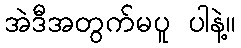
အဲဒီအတွက်မပူ ပါနဲ့။